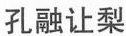
孔融让梨